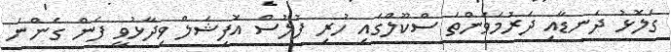
ގަލޮޅު ދަނޑާއި ދަރުމަވަންތަ ސްކޫލްގައި ހުރި ފުލުސް އޮފިޝަލް ވިދާޅުވީ ފެން ގެންނަ